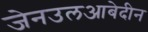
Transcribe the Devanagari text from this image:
जेनउलआबेदीन